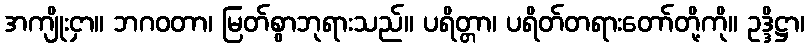
အကျိုးငှာ။ ဘဂဝတာ၊ မြတ်စွာဘုရားသည်။ ပရိတ္တာ၊ ပရိတ်တရားတော်တို့ကို။ ဥဒ္ဒိဋ္ဌာ၊